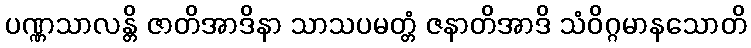
ပဏ္ဏသာလန္တိ ဇာတိအာဒိနာ သာသပမတ္တံ ဇနာတိအာဒိ သံဝိဂ္ဂမာနသောတိ